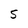
Character: S